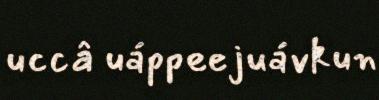
uccâ uáppeejuávkun